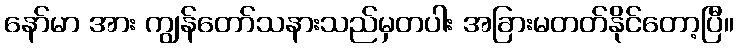
နော်မာ အား ကျွန်တော်သနားသည်မှတပါး အခြားမတတ်နိုင်တော့ပြီ။